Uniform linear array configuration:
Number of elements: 12
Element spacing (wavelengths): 0.25
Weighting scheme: uniform
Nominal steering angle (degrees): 0
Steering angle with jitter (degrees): -0.7359
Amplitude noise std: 0.05
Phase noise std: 0.05

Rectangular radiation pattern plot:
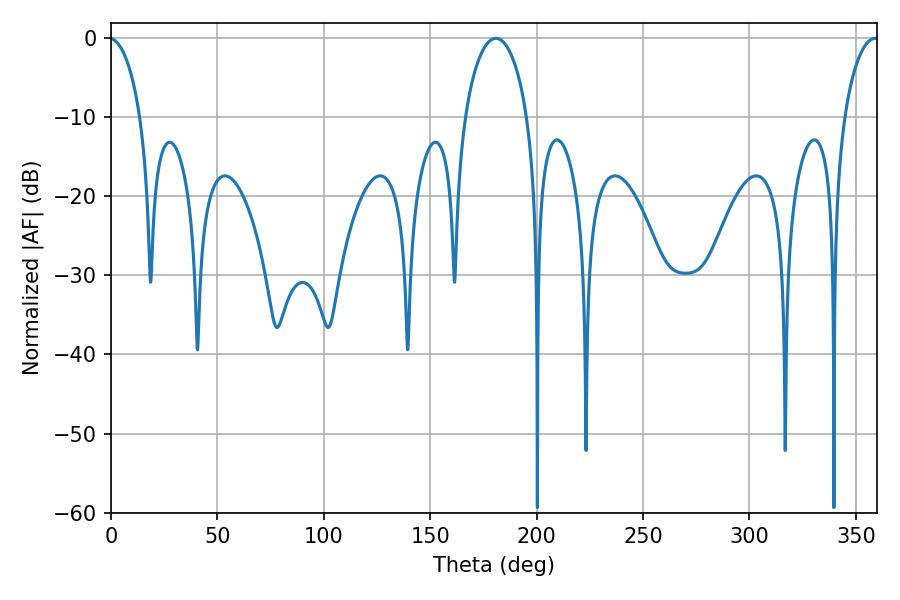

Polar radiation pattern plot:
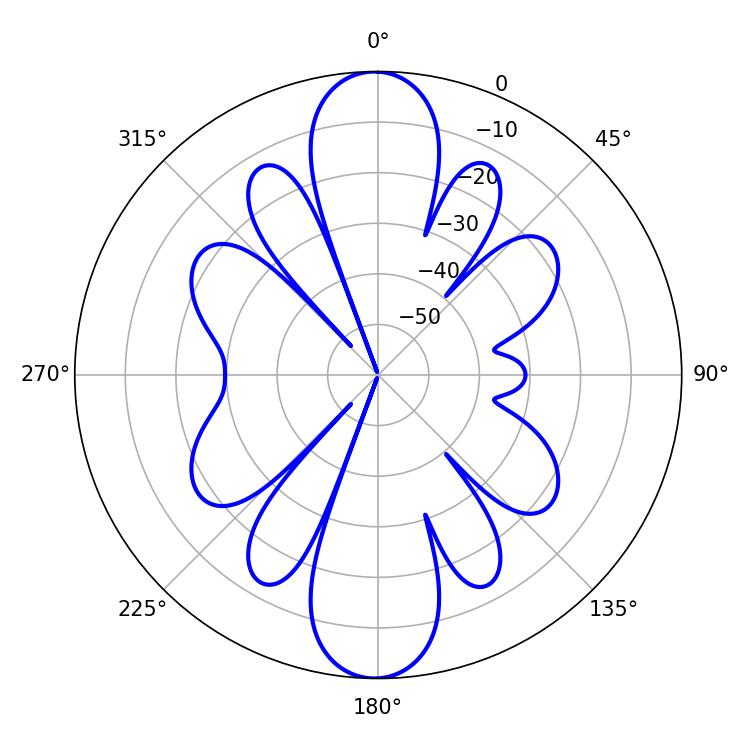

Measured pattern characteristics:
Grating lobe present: FALSE
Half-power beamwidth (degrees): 16.92
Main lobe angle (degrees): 180.9